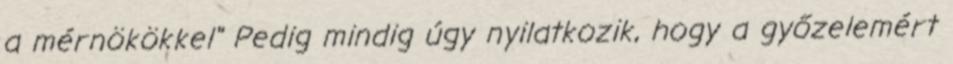
a mérnökökkel" Pedig mindig úgy nyilatkozik, hogy a győzelemért